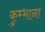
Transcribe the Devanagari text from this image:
कुम्भाना